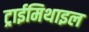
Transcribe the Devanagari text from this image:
ट्राईमिथाइल